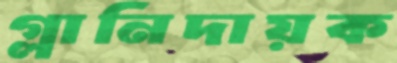
গ্লানিদায়ক